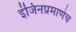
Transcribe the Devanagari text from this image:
इंजिनप्रमाणेच